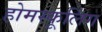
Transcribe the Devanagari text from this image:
होमस्कूलिंग